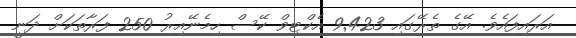
އަރައިފައެވެ. އޭގެ ތެރޭގައި 9